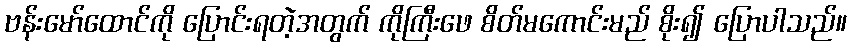
ဗန်းမော်ထောင်ကို ပြောင်းရတဲ့အတွက် ကိုကြီးဖေ စိတ်မကောင်းမည် စိုး၍ ပြောပါသည်။